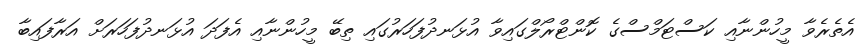
އެތެރެވާ މީހުންނާއި ކަސްޓަމްސްގެ ކޮންޓްރޯލްގައިވާ އުޅަނދުފަހަރުގައި ތިބޭ މީހުންނާއި އެފަދަ އުޅަނދުފަހަރަށް އަރާފައިބާ